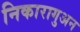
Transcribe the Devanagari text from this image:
निकारागुअन